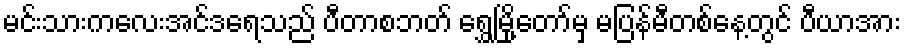
မင်းသားကလေးအင်ဒရေသည် ပီတာစဘတ် ရွှေမြို့တော်မှ မပြန်မီတစ်နေ့တွင် ပီယာအား